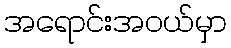
အရောင်းအဝယ်မှာ